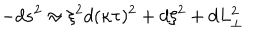
- d s ^ { 2 } \approx \xi ^ { 2 } d ( \kappa \tau ) ^ { 2 } + d \xi ^ { 2 } + d L _ { \perp } ^ { 2 }